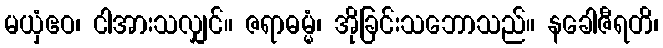
မယှံဧဝ၊ ငါအားသလျှင်။ ဇရာဓမ္မံ၊ အိုခြင်းသဘောသည်။ နခေါဇီရတိ၊